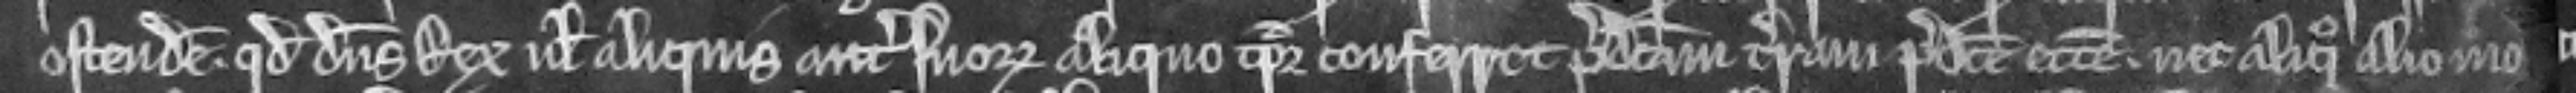
ostendere. quod dominus Rex vel aliquis antecessorum suorum aliquo tempore conferret predictam terram predicte ecclesie neque aliquo alio mo